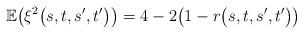
LaTeX: \begin{align*} \mathbb{E} \bigl(\xi^2\bigl(s,t,s',t'\bigr) \bigr)=4-2\bigl(1-r\bigl(s,t,s',t'\bigr)\bigr)\end{align*}